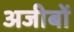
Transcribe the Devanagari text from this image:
अजीबों